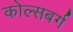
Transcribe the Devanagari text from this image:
कोल्सबर्ग